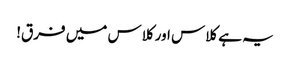
یہ ہے کلاس اور کلاس میں فرق!